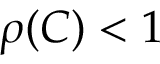
\rho ( C ) < 1